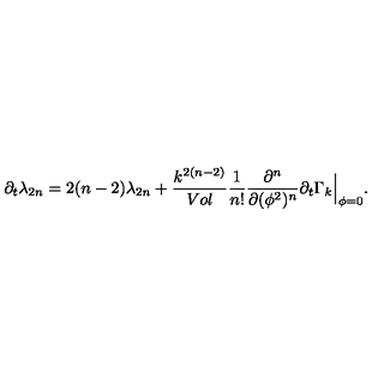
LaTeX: \partial _ { t } \lambda _ { 2 n } = 2 ( n - 2 ) \lambda _ { 2 n } + { \frac { k ^ { 2 ( n - 2 ) } } { V o l } } { \frac { 1 } { n ! } } { \frac { \partial ^ { n } } { \partial ( \phi ^ { 2 } ) ^ { n } } } \partial _ { t } \Gamma _ { k } \Big | _ { \phi = 0 } .